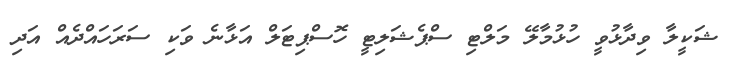
ޝަކީލާ ވިދާޅުވީ ހުޅުމާލޭ މަލްޓި ސްޕެޝަލިޓީ ހޮސްޕިޓަލް އަޅާނެ ވަކި ސަރަހައްދެއް އަދި